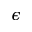
\epsilon